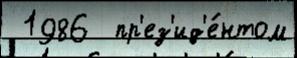
 1986  пр'ез'ид'е́нтом